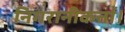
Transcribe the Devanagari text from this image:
निगरानीकर्त्ता।